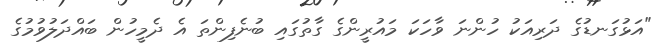
"އަޅުގަނޑުގެ ދަރިއަކު ހުންނަ ވާހަކަ މައުރީންގެ ގާތުގައި ބުނެފިންތަ އެ ދެމީހުން ބައްދަލުވުމުގެ